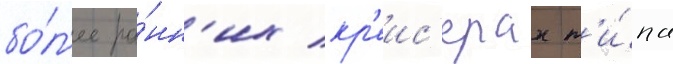
бо́л'ее ра́нн'их кр'еис'ерах т'и́па